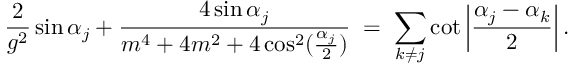
{ \frac { 2 } { g ^ { 2 } } } \sin \alpha _ { j } + { \frac { 4 \sin \alpha _ { j } } { m ^ { 4 } + 4 m ^ { 2 } + 4 \cos ^ { 2 } ( { \frac { \alpha _ { j } } { 2 } } ) } } \; = \; \sum _ { k \neq j } \cot \left| { \frac { \alpha _ { j } - \alpha _ { k } } { 2 } } \right| .